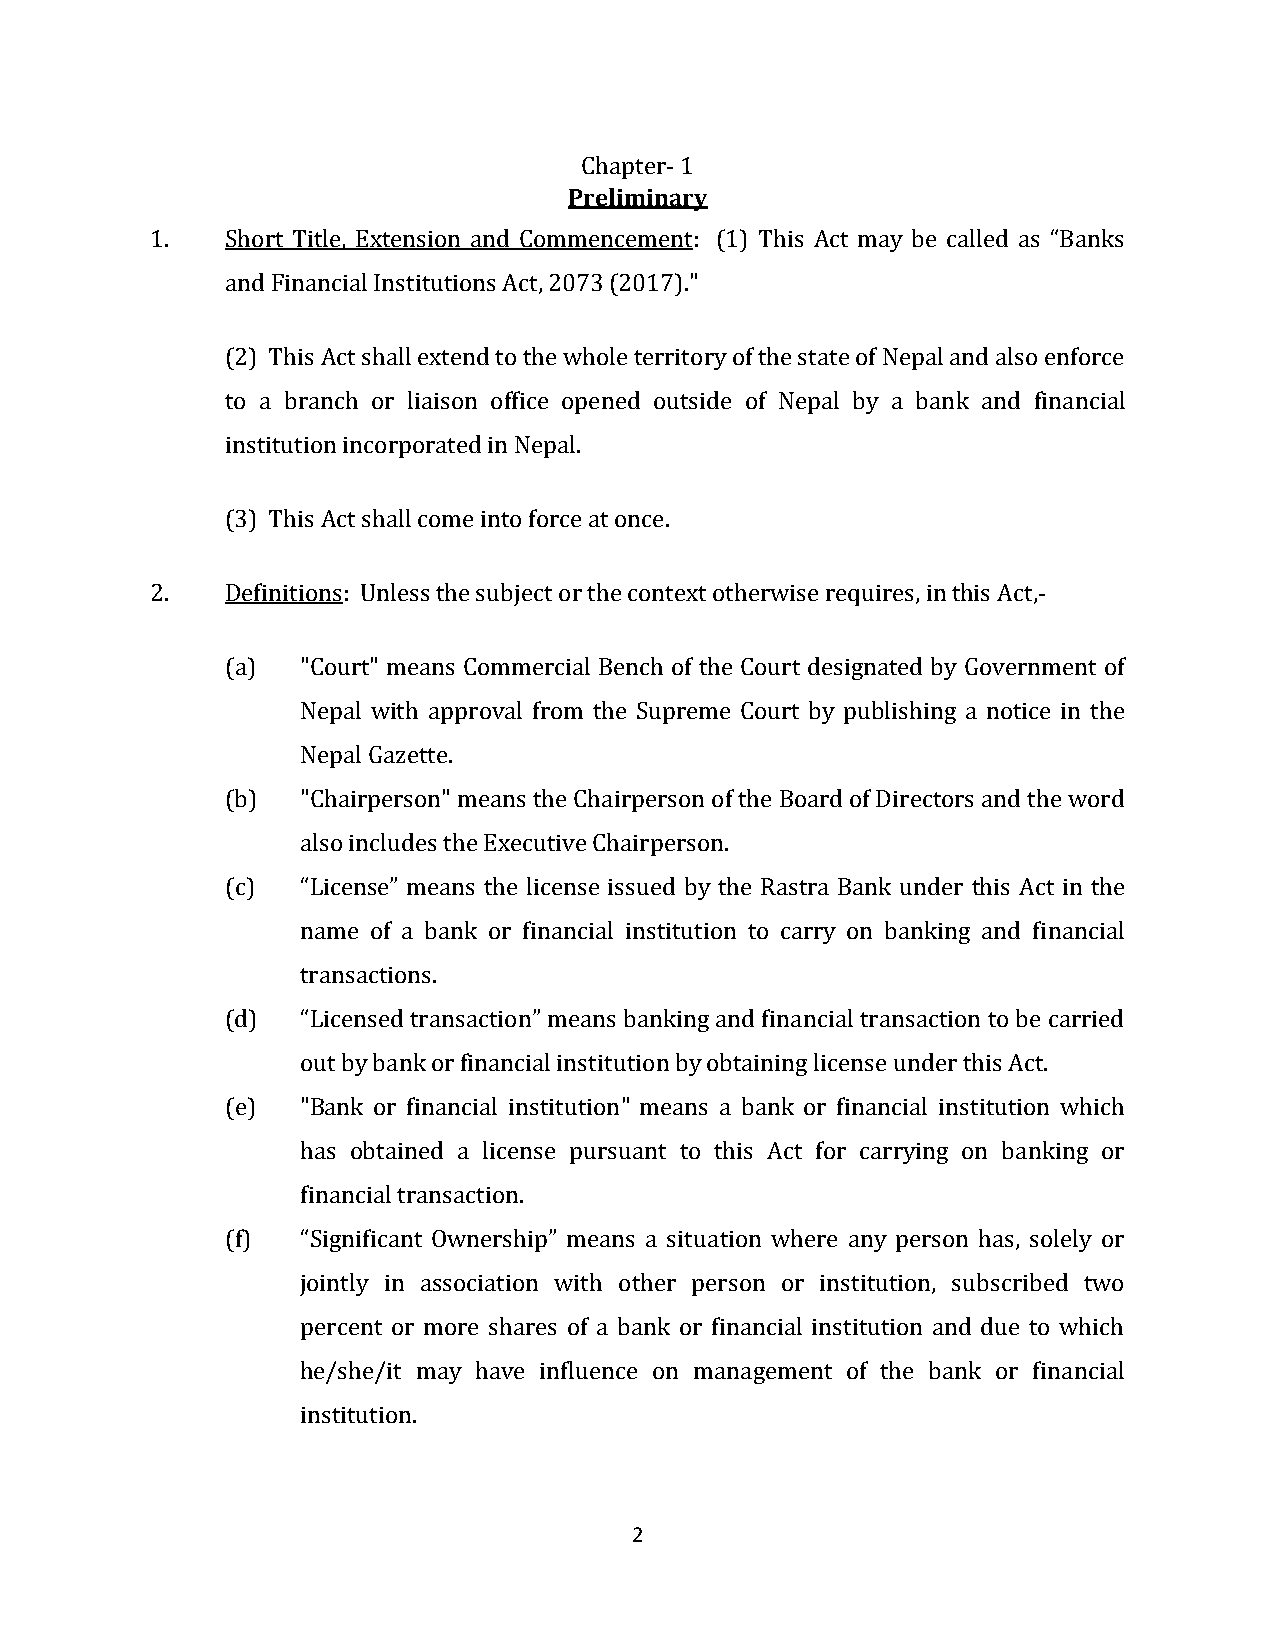
Chapter- 1
 Preliminary
 1.   Short Title, Extension and Commencement: (1) This Act may be called as “Banks
 and Financial Institutions Act, 2073 (2017)."
 (2) This Act shall extend to the whole territory of the state of Nepal and also enforce
 to a branch or liaison office opened outside of Nepal by a bank and financial
 institution incorporated in Nepal.
 (3) This Act shall come into force at once.
 2.   Definitions: Unless the subject or the context otherwise requires, in this Act,-
 (a)  "Court" means Commercial Bench of the Court designated by Government of
 Nepal with approval from the Supreme Court by publishing a notice in the
 Nepal Gazette.
 (b)  "Chairperson" means the Chairperson of the Board of Directors and the word
 also includes the Executive Chairperson.
 (c)  “License” means the license issued by the Rastra Bank under this Act in the
 name of a bank or financial institution to carry on banking and financial
 transactions.
 (d)  “Licensed transaction” means banking and financial transaction to be carried
 out by bank or financial institution by obtaining license under this Act.
 (e)  "Bank or financial institution" means a bank or financial institution which
 has obtained a license pursuant to this Act for carrying on banking or
 financial transaction.
 (f)  “Significant Ownership” means a situation where any person has, solely or
 jointly in association with other person or institution, subscribed two
 percent or more shares of a bank or financial institution and due to which
 he/she/it may have influence on management of the bank or financial
 institution.
 2